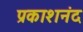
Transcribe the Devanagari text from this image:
प्रकाशनंद